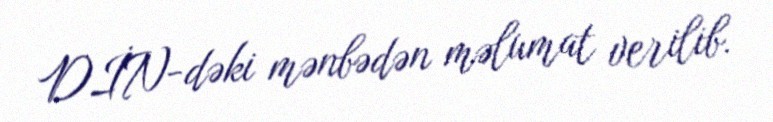
DİN-dəki mənbədən məlumat verilib.